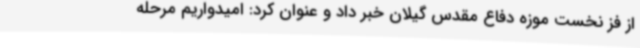
از فز نخست موزه دفاع مقدس گیلان خبر داد و عنوان کرد: امیدواریم مرحله